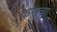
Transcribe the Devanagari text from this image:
कसचा